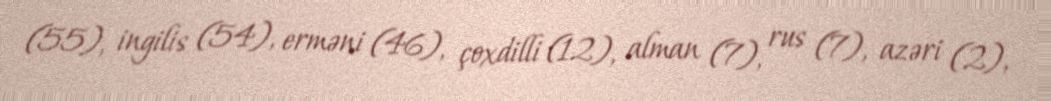
(55), ingilis (54), erməni (46), çoxdilli (12), alman (7), rus (7), azəri (2),